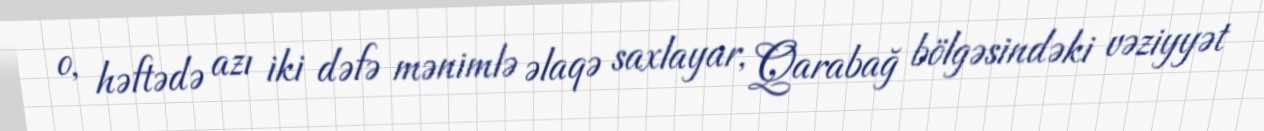
o, həftədə azı iki dəfə mənimlə əlaqə saxlayar, Qarabağ bölgəsindəki vəziyyət